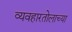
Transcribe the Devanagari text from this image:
व्यवहारतोलाच्या